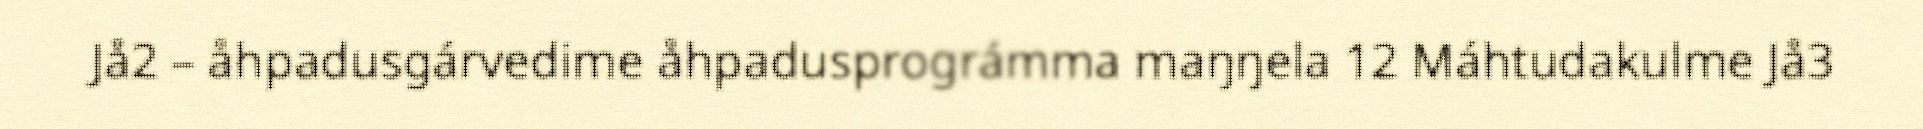
Jå2 – åhpadusgárvedime åhpadusprográmma maŋŋela 12 Máhtudakulme Jå3